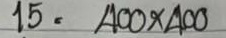
15 = 400 x 400